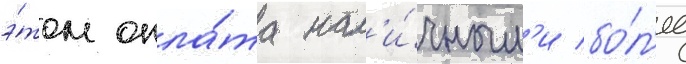
э́том опла́та нал'и́чным'и бо́л'ее